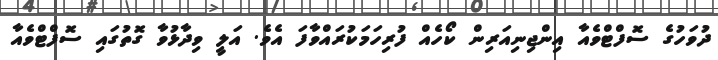
ދުވަހުގެ ސޮފްޓްވެއާ އިންޖިނިއަރިން ކޯހެއް ފުރިހަމަކުރައްވާފަ އެވެ. އަލީ ވިދާޅުވާ ގޮތުގައި ސޮފްޓްވެއާ